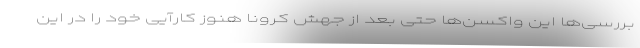
بررسی‌ها این واکسن‌ها حتی بعد از جهش کرونا هنوز کارآیی خود را در این